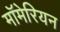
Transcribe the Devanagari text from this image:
मॉमेरियन